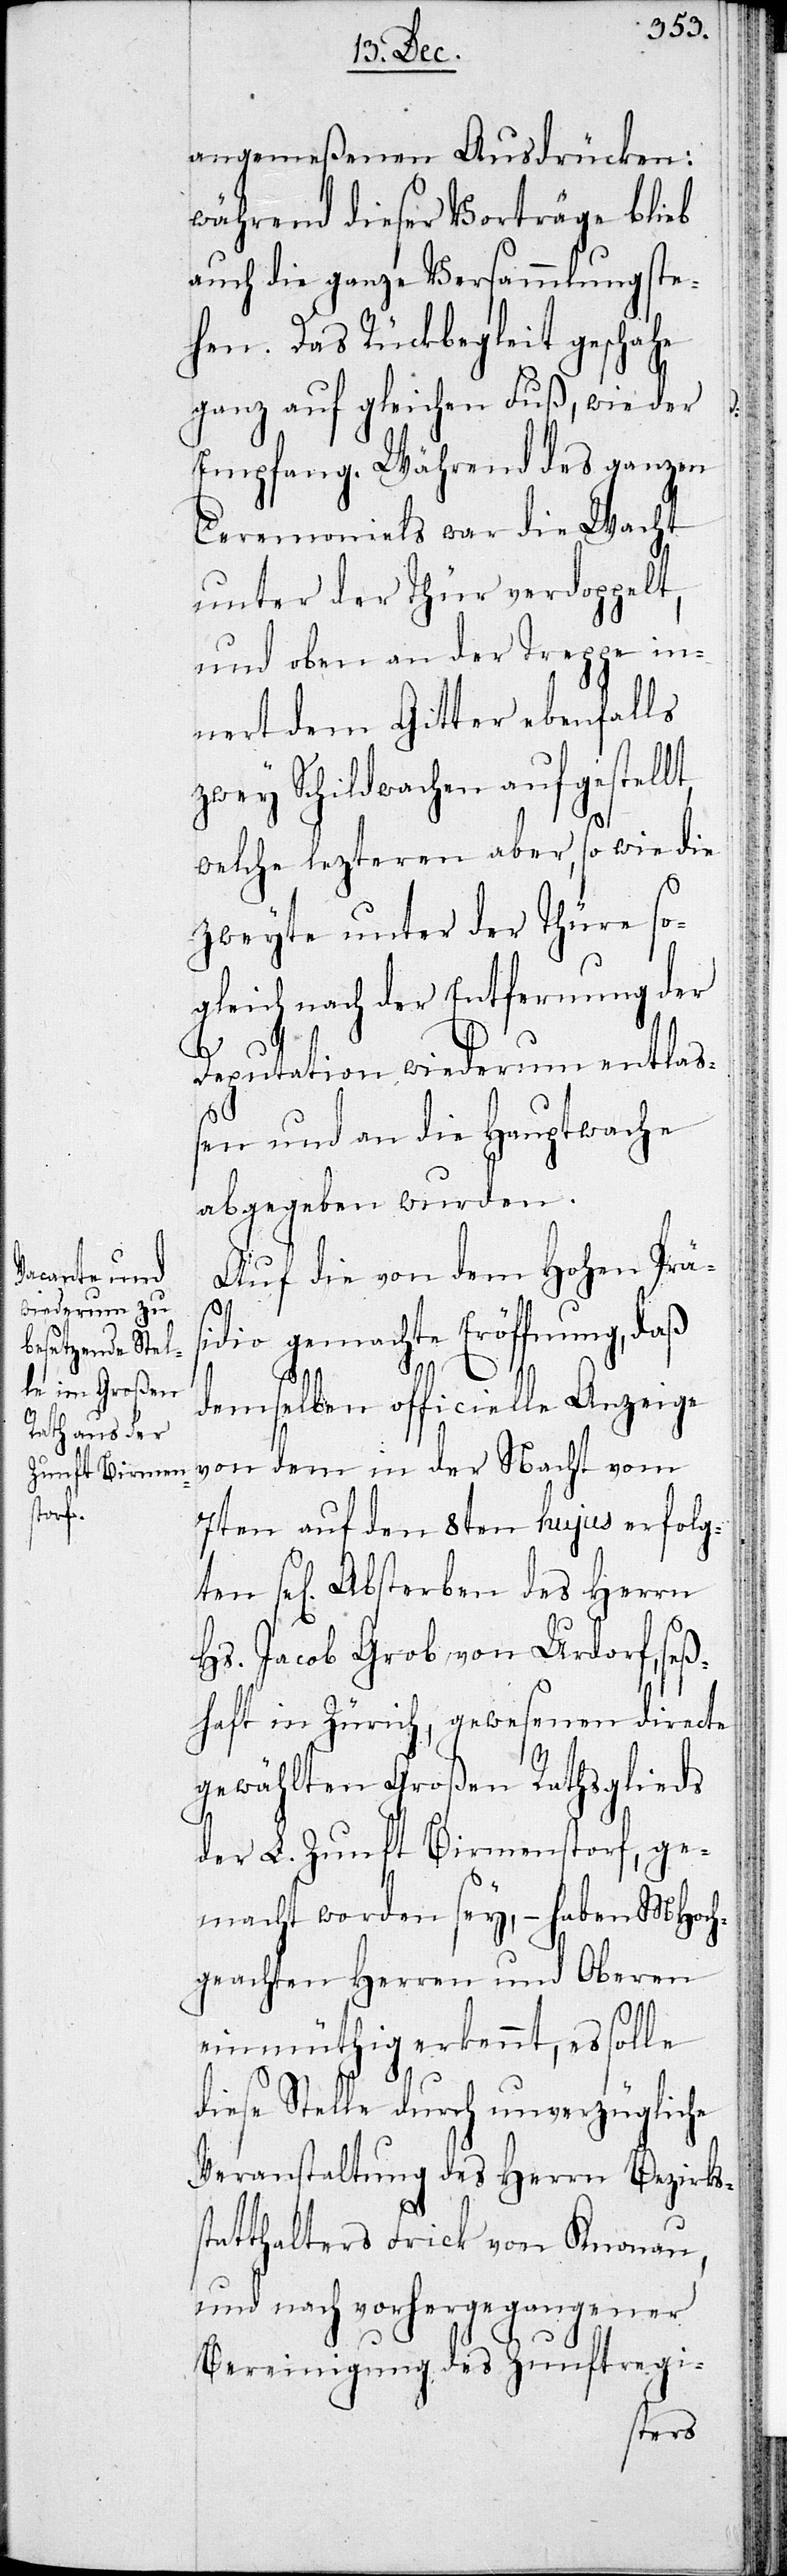
angemeßenen Ausdrücken:
während dieser Vorträge blieb
auch die ganze Versammlung ste¬
hen. Das Rückbegleit geschahe
ganz auf gleichen Fuß, wie der
Empfang. Während des ganzen
Ceremonials war die Wacht
unter der Thür verdoppelt,
und oben an der Treppe in¬
nert dem Gitter ebenfalls
zwey Schildwachen aufgestellt,
welche lezteren aber, so wie die
zweyte unter der Thüre so¬
gleich nach der Entfernung der
s¬
Deputation wiederum entlaß¬
en und an die Hauptwache
abgegeben wurden.
Auf die von dem Hohen Präs¬
idio gemachte Eröffnung, daß
demselben officielle Anzeige
von dem in der Nacht vom
7ten auf den 8ten hujus erfolgten
se[liges] Absterben des Herrn
Hs. Jacob Grob von Urdorf, seß¬
haft in Zürich, gewesenen directe
gewählten Großen Rathsglieds
der L. Zunft Birmensdorf, ge¬
macht worden sey, – haben MHoch¬
geachten Herren und Oberen
einmüthig erkannt, es solle
diese Stelle durch unverzügliche
Veranstaltung des Herrn Bezirks¬
tatthalters Frick von Knonau
und nach vorhergegangener
Bereinigung des Zunftregi-